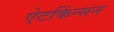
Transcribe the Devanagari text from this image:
ऐटकिंन्सन